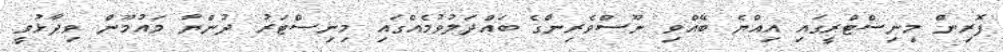
ފޮރިން މިނިސްޓްރީގައި އިއްޔެ ބޭއްވި ނޫސްވެރިންގެ ބައްދަލުވުމެއްގައި މިނިސްޓަރު ދުންޔާ މައުމޫން ވިދާޅުވީ